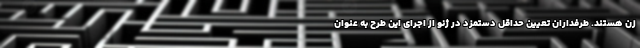
زن هستند. طرفداران تعیین حداقل دستمزد در ژنو از اجرای این طرح به عنوان